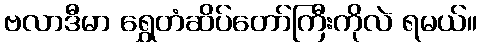
ဗလာဒီမာ ရွှေတံဆိပ်တော်ကြီးကိုလဲ ရမယ်။